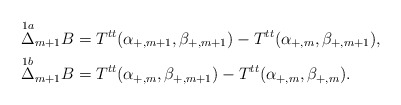
\begin{align*} \overset{1a}{\Delta}_{m+1}B&=T^{tt}(\alpha_{+,m+1},\beta_{+,m+1})-T^{tt}(\alpha_{+,m},\beta_{+,m+1}),\\ \overset{1b}{\Delta}_{m+1}B&=T^{tt}(\alpha_{+,m},\beta_{+,m+1})-T^{tt}(\alpha_{+,m},\beta_{+,m}).\end{align*}